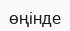
өңінде